NAE_EAOK_eestikeelsed_sunnimeetrikad, lk 183
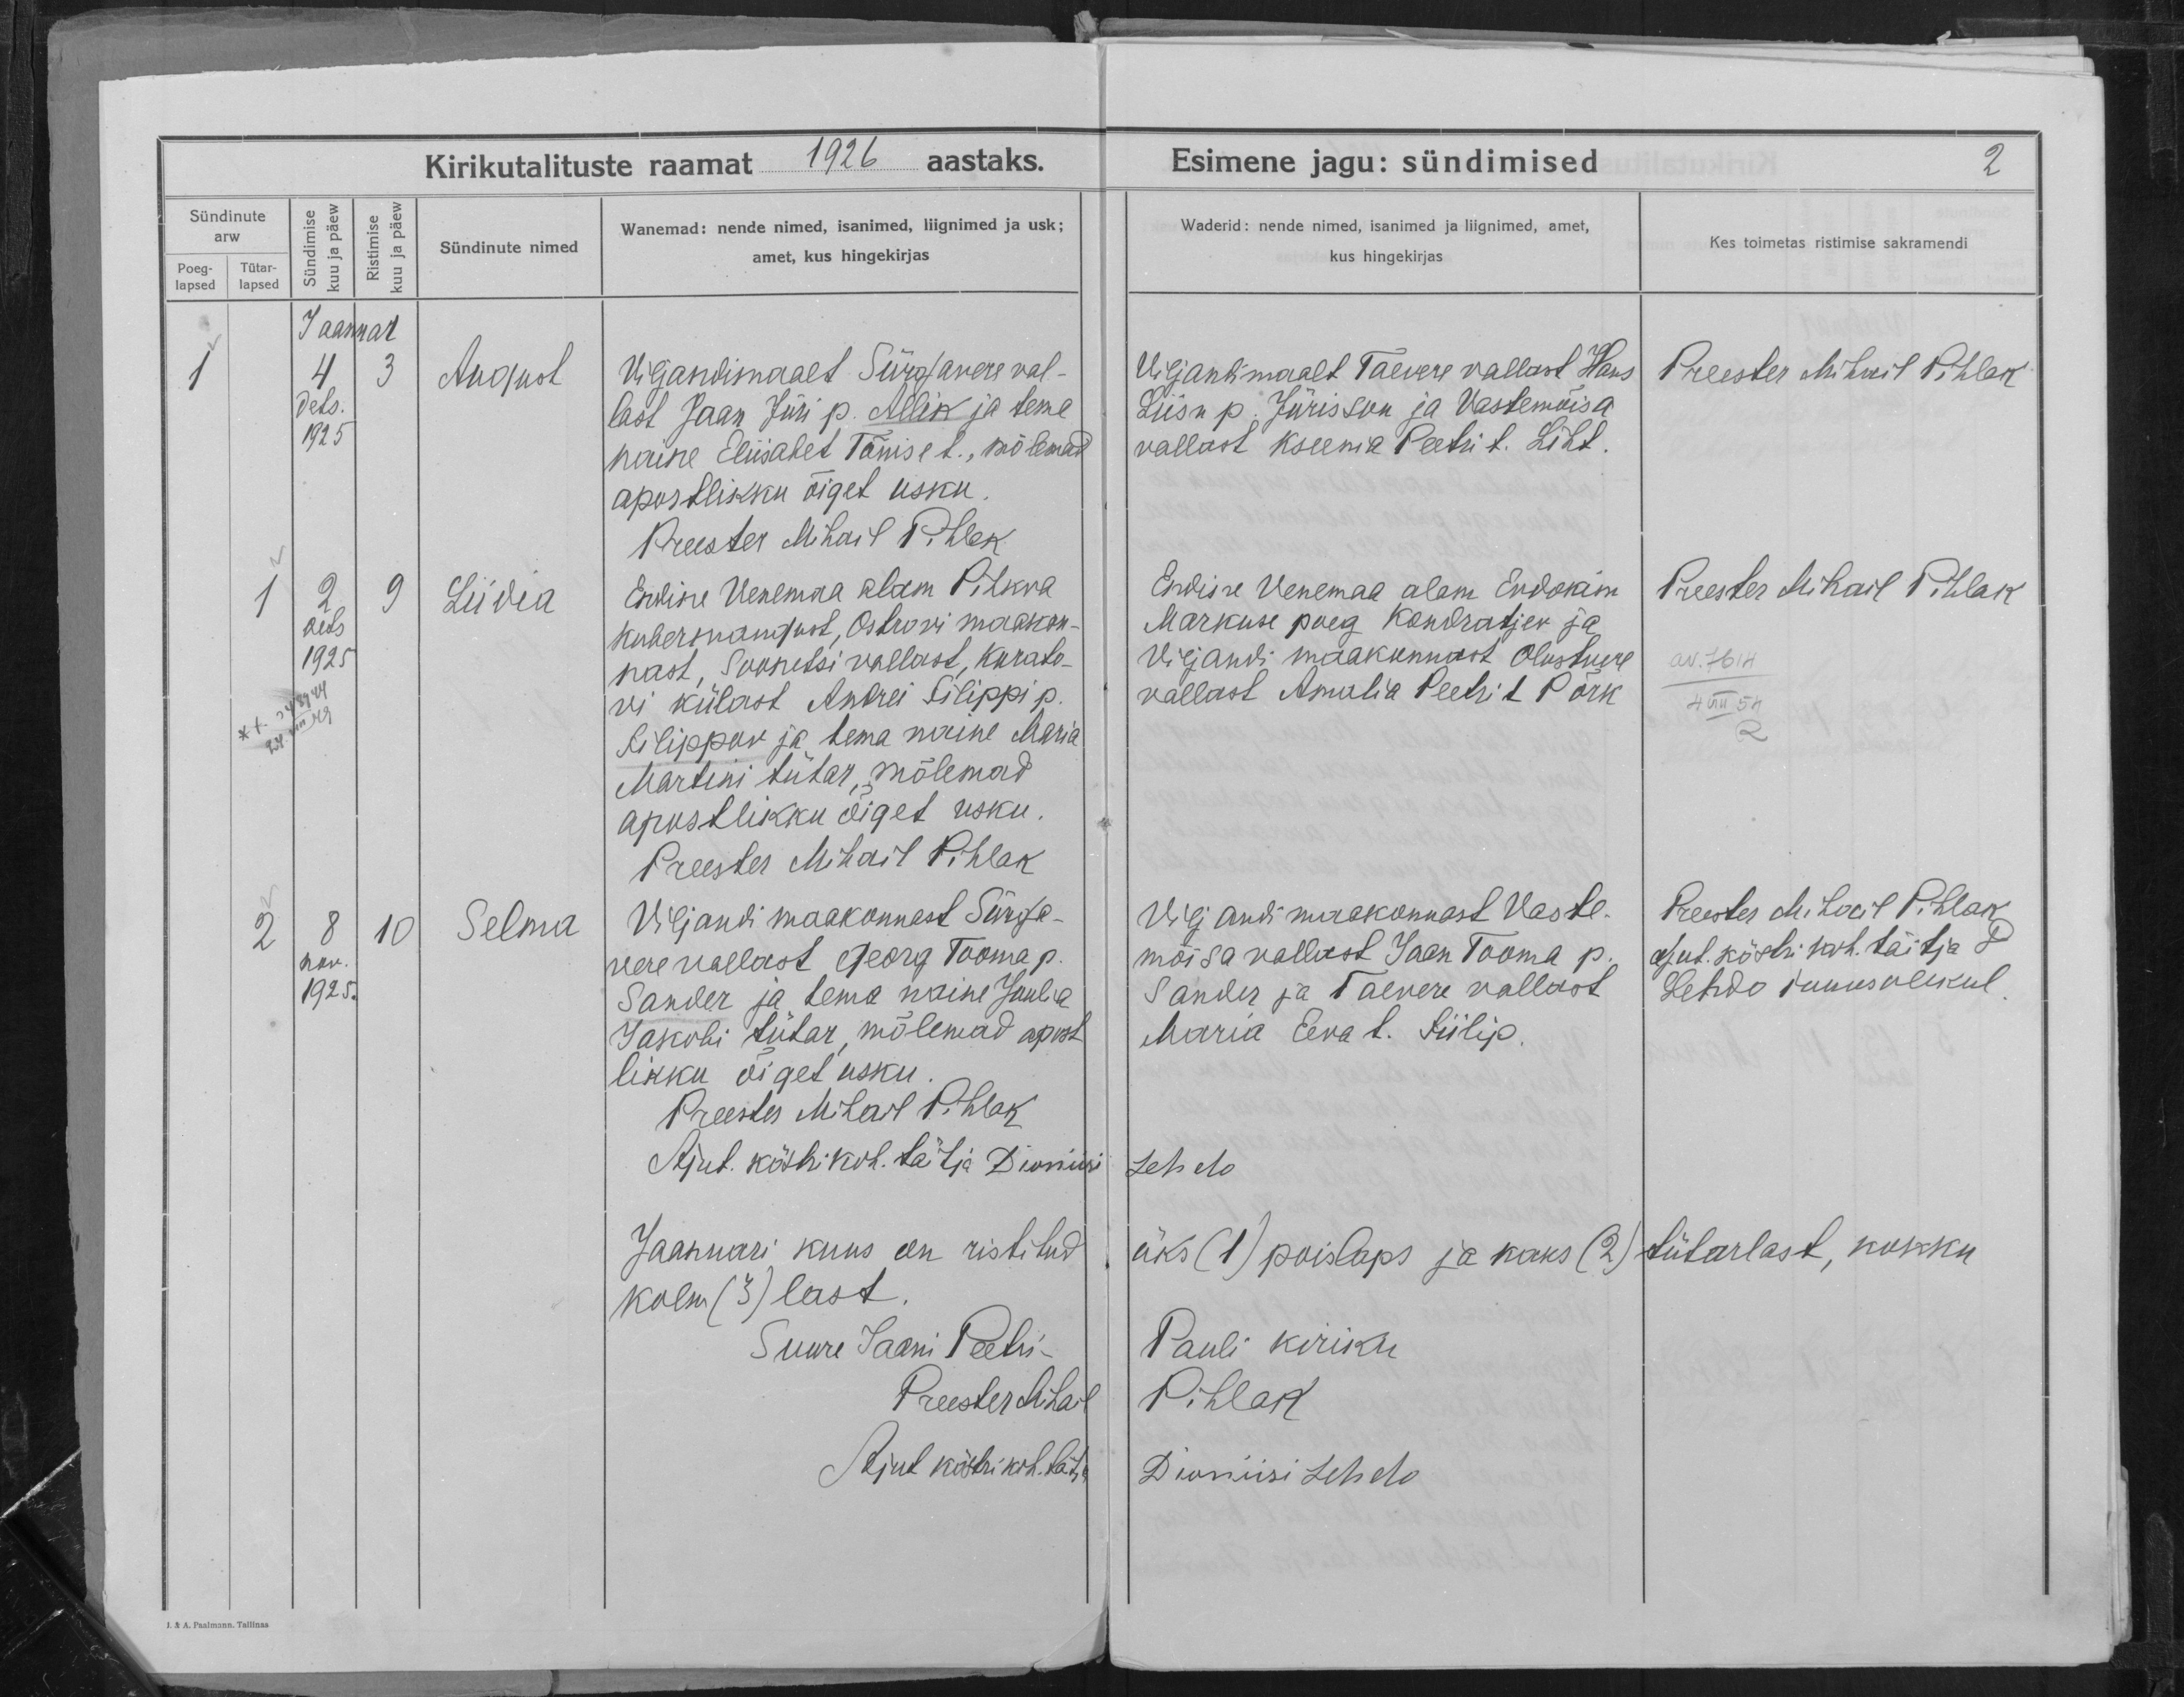
August

Liidia

Selma

Viljandimaal Sürgavere val-
last Jaan Jüri p. Allik ja tema
naine Eliisabet Tõnise p., mõlemad
apostlikku õiget usku.

Endine Venemaa alam Pihkva
kubermangust, Orkovi maakon-
nast, Saanetsi vallast, Kuralo-
vi külast Andrei Filippi p.
Filippov ja tema naine Maria
Martini tütar, mõlemad
apostlikku õiget usku.

Viljandi maakonnast Sürga-
vere vallast Georg Tooma p.
Sander ja tema naine Juulia
Jakobi tütar, mõlemad apost-
likku õiget usku.